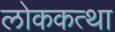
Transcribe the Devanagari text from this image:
लोककत्था